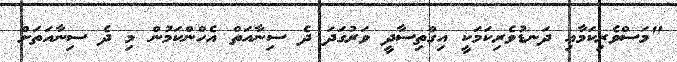
"މަސްވެރިކަމާއި ދަނޑުވެރިކަމަކީ އިގްތިސާދީ ވަރުގަދަ ދެ ސިނާއަތް އެހްންކަމުން މި ދެ ސިނާއަތަށް